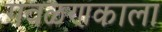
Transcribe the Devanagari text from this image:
गवळणकाला